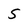
Character: 5